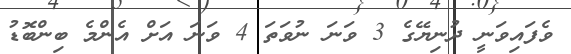
ވެފައިވަނީ ދުނިޔޭގެ 3 ވަނަ ނުވަތަ 4 ވަނަ އަށް އެންމެ ބިންބޮޑު